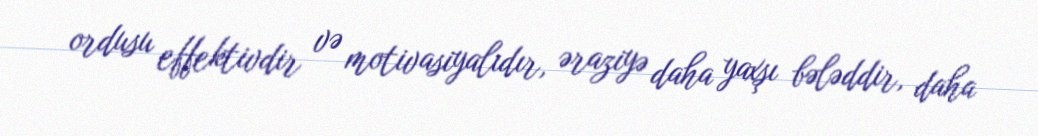
ordusu effektivdir və motivasiyalıdır, əraziyə daha yaxşı bələddir, daha